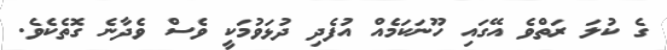
ގެ ކުލަ ރަތްވެ އޭގައި ހޫނަކަމެއް އުފެދި ދުޅަވުމަކީ ވެސް ވެދާނެ ގޮތެކެވެ.